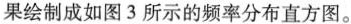
果绘制成如图3所示的频率分布直方图。